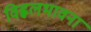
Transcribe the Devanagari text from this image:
विह्वलभावना